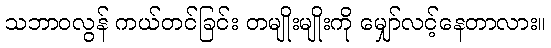
သဘာဝလွန် ကယ်တင်ခြင်း တမျိုးမျိုးကို မျှော်လင့်နေတာလား။